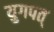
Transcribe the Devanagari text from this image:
युगपत्